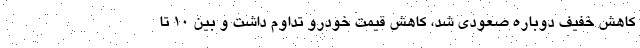
کاهش خفیف دوباره صعودی شد، کاهش قیمت خودرو تداوم داشت و بین ۱۰ تا